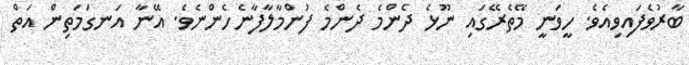
ބާރުވެފައިވިއެވެ. ހީވަނީ މޭތެރޭގައި ނޫޅެ ދެންމެ ދެންމެ ފުންމާލާފާނެހެންނެވެ. އޭނާ އަނގަމަތިން އަތް